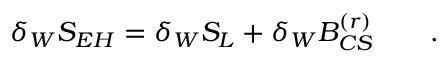
\delta _ { W } S _ { E H } = \delta _ { W } S _ { L } + \delta _ { W } { \cal B } _ { C S } ^ { ( r ) } \qquad .